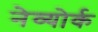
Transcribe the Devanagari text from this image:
नेव्योर्क